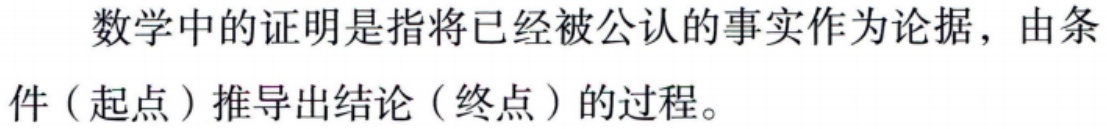
数学中的证明是指将已经被公认的事实作为论据，由条件（起点）推导出结论（终点）的过程。